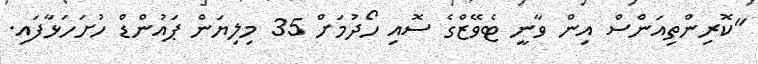
"ކޮރިންތިއަންސް އިން ވާނީ ޓެވޭޒްގެ ސޮއި ހޯދުމަށް 35 މިލިޔަން ޕައުންޑް ހުށަހަޅާފައި.